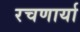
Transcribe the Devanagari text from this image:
रचणार्या